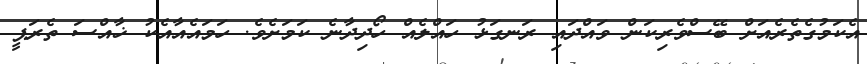
އެކަމުގެތެރެއަށް ބޭސްވެރިކަން ވައްދައި ރަނގަޅު ހައްލެއް ހޯދިދާނެ ކަމަށެވެ. ހަމައެއާއެކު ޚާއްސަ ތެރަޕީ